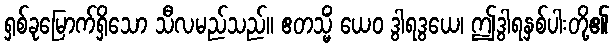
ရှစ်ခုမြောက်ရှိသော သီလမည်သည်။ ဧတသ္မိံ ယေဝ ဒွါရဒွယေ၊ ဤဒွါရနှစ်ပါးတို့၏